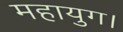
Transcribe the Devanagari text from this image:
महायुग।